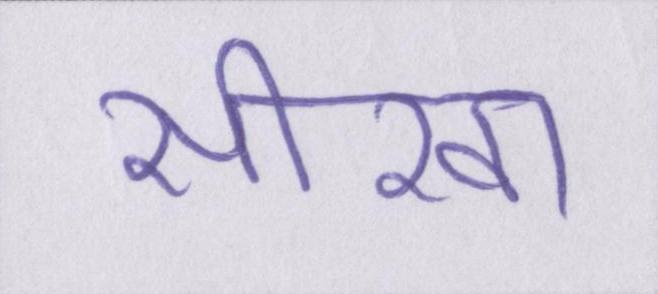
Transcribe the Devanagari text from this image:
सीखा